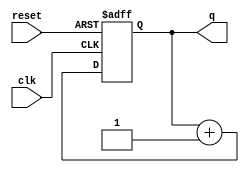
module async_reset_example (
    input wire clk,        // Clock signal
    input wire reset,      // Asynchronous reset signal
    output reg [7:0] q     // Output state signal (8-bit for example)
);

// Define the reset value
parameter RESET_VALUE = 8'b00000000;

always @(posedge clk or posedge reset) begin
    if (reset) begin
        // Asynchronous reset: set output to reset value
        q <= RESET_VALUE;
    end else begin
        // Normal operation: update output on clock edge
        // (Insert your state transition logic here)
        // Example: Increment q
        q <= q + 1;
    end
end

endmodule